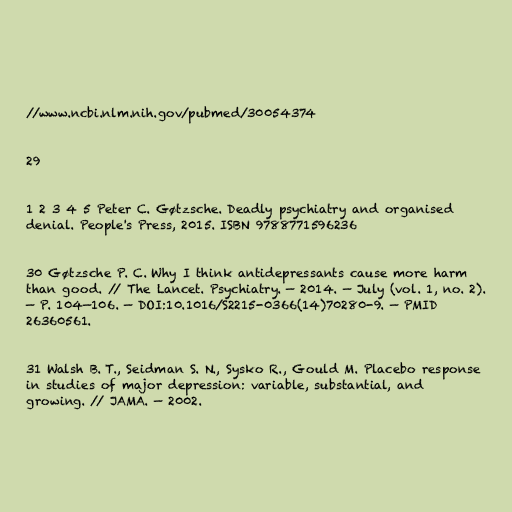
//www.ncbi.nlm.nih.gov/pubmed/30054374

29

1 2 3 4 5 Peter C. Gøtzsche. Deadly psychiatry and organised
denial. People's Press, 2015. ISBN 9788771596236

30 Gøtzsche P. C. Why I think antidepressants cause more harm
than good. // The Lancet. Psychiatry. — 2014. — July (vol. 1, no. 2).
— P. 104—106. — DOI:10.1016/S2215-0366(14)70280-9. — PMID
26360561.

31 Walsh B. T., Seidman S. N., Sysko R., Gould M. Placebo response
in studies of major depression: variable, substantial, and
growing. // JAMA. — 2002.